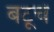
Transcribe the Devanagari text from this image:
बटूचे